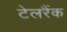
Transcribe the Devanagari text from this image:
टेलरैंक